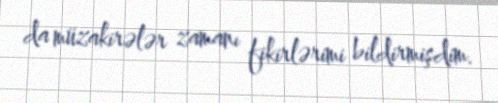
da müzakirələr zamanı fikirlərimi bildirmişdim.